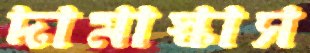
দামাস্কাস